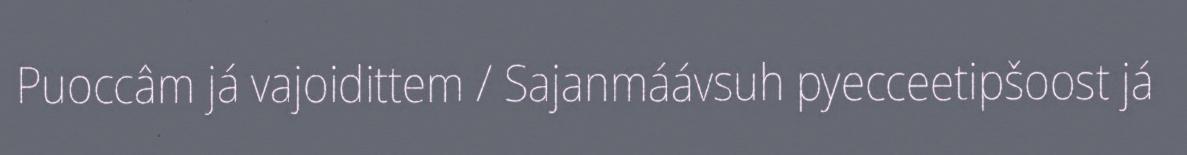
Puoccâm já vajoidittem / Sajanmáávsuh pyecceetipšoost já